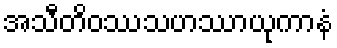
အသီတိဝဿသဟဿာယုကာနံ